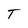
Character: T